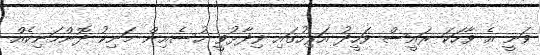
ވަނީ އެ ވާހަކަ ރައީސް ވަހީދު އަރިހުގައި ވިދާޅުވީ ހުސެއިން މަނިކު ދޮންމަނިކެއް